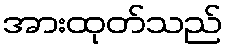
အားထုတ်သည်